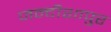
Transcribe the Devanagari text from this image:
जन्दीशापुर